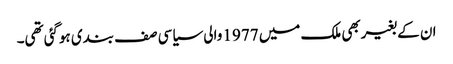
ان کے بغیربھی ملک میں 1977 والی سیاسی صف بندی ہوگئی تھی۔